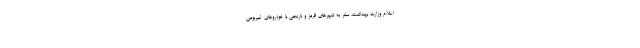
اعلام وزارت بهداشت، سفر به شهرهای قرمز و نارنجی با خودروهای غیربومی